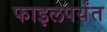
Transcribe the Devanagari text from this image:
फाइलपर्यंत